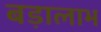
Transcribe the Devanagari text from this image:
बड़ालाभ